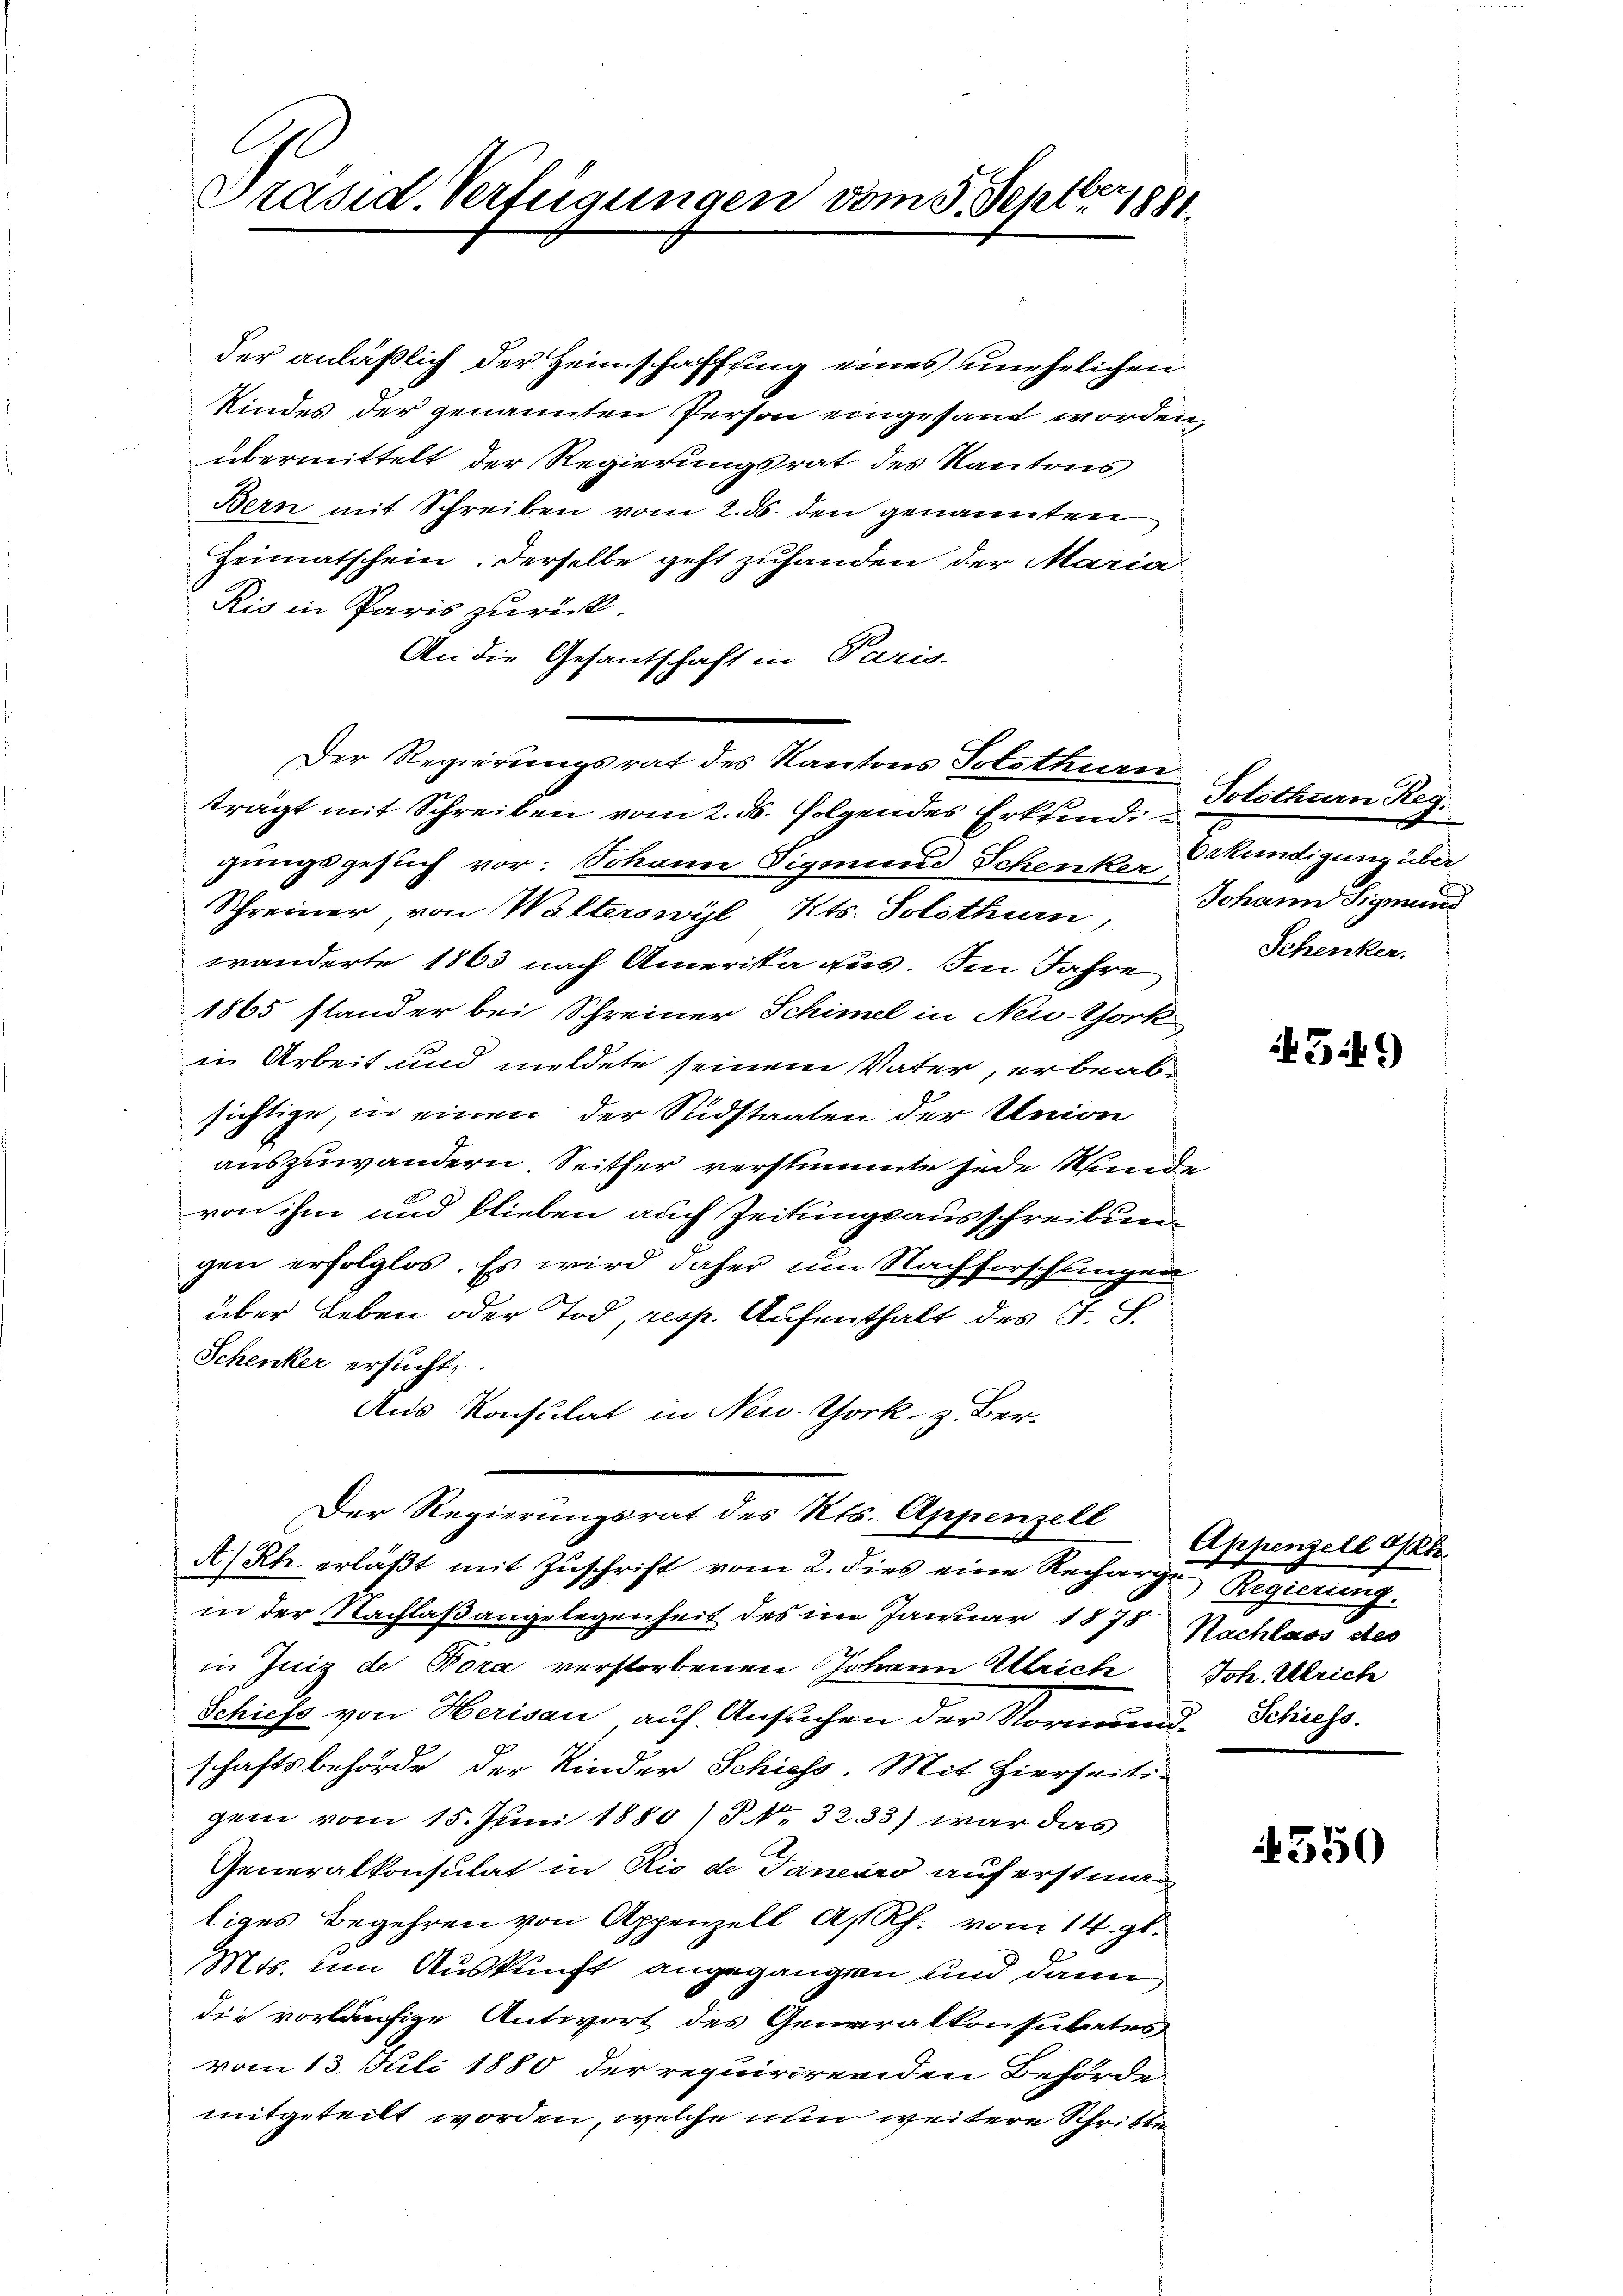
Präsid. Verfügungen vom 3. Septbr 1881.

der anläßlich der Heimschaffung eines unehelichen
Kindes der genannten Person eingesand worden,
übermittelt der Regierungsrat des Kantons
Bern mit Schreiben vom 2. ds. den genannten
Heimatschein. Derselbe geht zuhanden der Maria¬
Ris in Paris zurück.
An die Gesantschaft in Paris
trägt mit Schreiben vom 2. ds. folgendes Erkend. - Solothurn Ke
gungsgesuch vor: Johann Sigmund Schenker Kündigung über
Schreiner, von Walterswyl Kts. Solothurn, Johann Sigmund
wänderte 1863 nach Amerika aus. Im Jahre
1865 stander bei Schreiner Schimel in Neuthork
in Arbeit und mildete seinem Vater, erbeabsichtige, in einen der Sudstaaten der Union
auszuwandern, Seither verstimmte jede Stunde
von ihm und blieben auch Zeitungsausschreibung
gen erfolglos. Es wird daher um Nachforschungen
über Leben oder Tod, resp. Aufenthalt des J. J.
Schenker ersucht.
Aus Konsulat in New-York z. Ber-
Der Regierungsrat des Kts. Appenzell Appenzell Okt.
A/Rh. erläßt mit Zuschrift vom 2. dies eine Recharge Regierung.
in der Nachlaßangelegenheit des im Januar 1878 Nachlass des
in Juiz de Bora verstorbenen Johann Ulrich Joh. Ulrich
Schiess von Herisau auf Ansuchen der Vormund-Schiess.
schaftsbehörde der Kinder Schiess. Mit Hierseitigem vom 15. Juni 1885) § N. 32. 33) war das
Generalkonsulat in Rio de Janeiro auf erst man
liges Begehren von Appenzell A/Rh. vom 14. gl.
Mts. um Auskunft angegangen und dann
die vorläufige Antwort des Generalkonsulates
vom 13. Juli 1880 der requirirenden Behörde
mitgeteilt worden, welche nun weitere Schritte

Der Regierungsrat des Kantons Tolsthurn

x
Schenker.

349)

4350